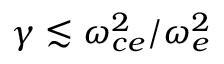
\gamma \lesssim \omega _ { c e } ^ { 2 } / \omega _ { e } ^ { 2 }